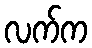
လက်က